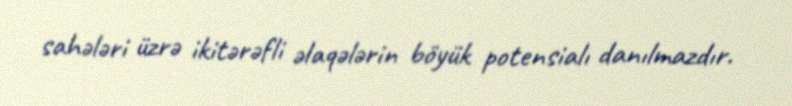
sahələri üzrə ikitərəfli əlaqələrin böyük potensialı danılmazdır.